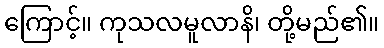
ကြောင့်။ ကုသလမူလာနိ၊ တို့မည်၏။